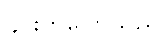
၄င်းကပြောသည်